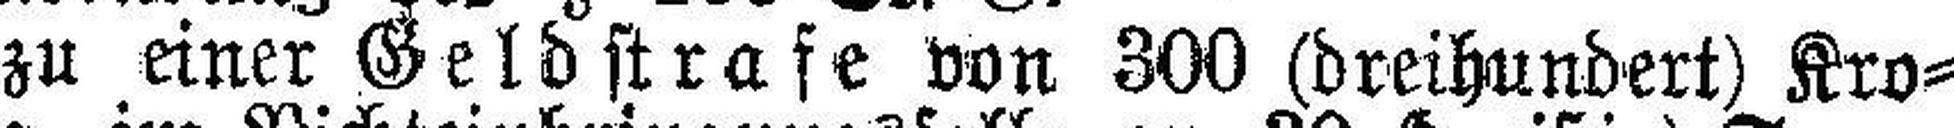
zu einer Geldstrafe von 300 (dreihundert) Kro¬